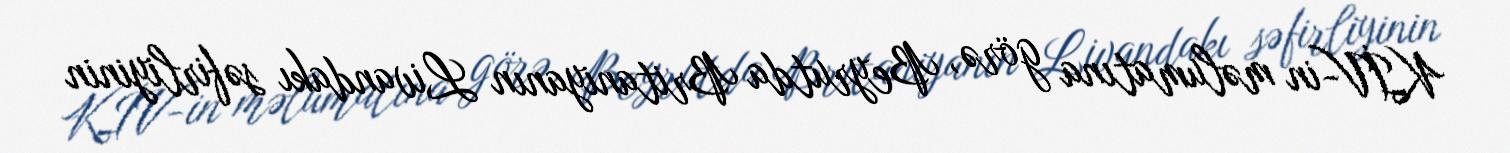
KİV-in məlumatına görə, Beyrutda Britaniyanın Livandakı səfirliyinin